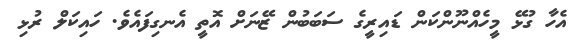
އެހާ ގުޅޭ މީހެއްނޫންކަން ޑައިރީގެ ސަބަބުން ޒޭނަށް އޮތީ އެނގިފައެވެ. ހައިކަލް ރުޅި